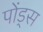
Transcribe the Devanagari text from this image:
पोंड्स